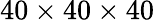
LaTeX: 40\times 40\times 40